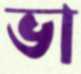
ভা